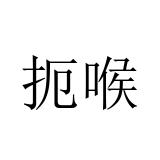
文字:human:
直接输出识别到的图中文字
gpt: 扼喉